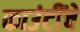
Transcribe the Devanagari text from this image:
काउंटींचे